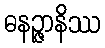
ဓနဉ္ဇာနိဿ